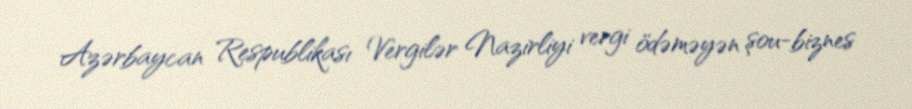
Azərbaycan Respublikası Vergilər Nazirliyi vergi ödəməyən şou-biznes